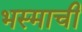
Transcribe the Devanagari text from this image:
भस्माची